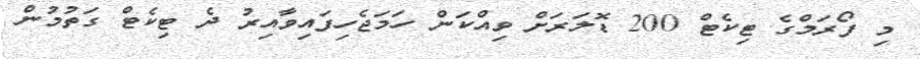
މި ފޯރަމްގެ ޓިކެޓް 200 ޑޮލަރަށް ވިއްކަން ހަމަޖެހިފައިވާއިރު ދެ ޓިކެޓް ގަތުމުން